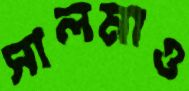
সালমাও